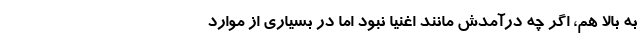
به بالا هم، اگر چه درآمدش مانند اغنیا نبود اما در بسیاری از موارد